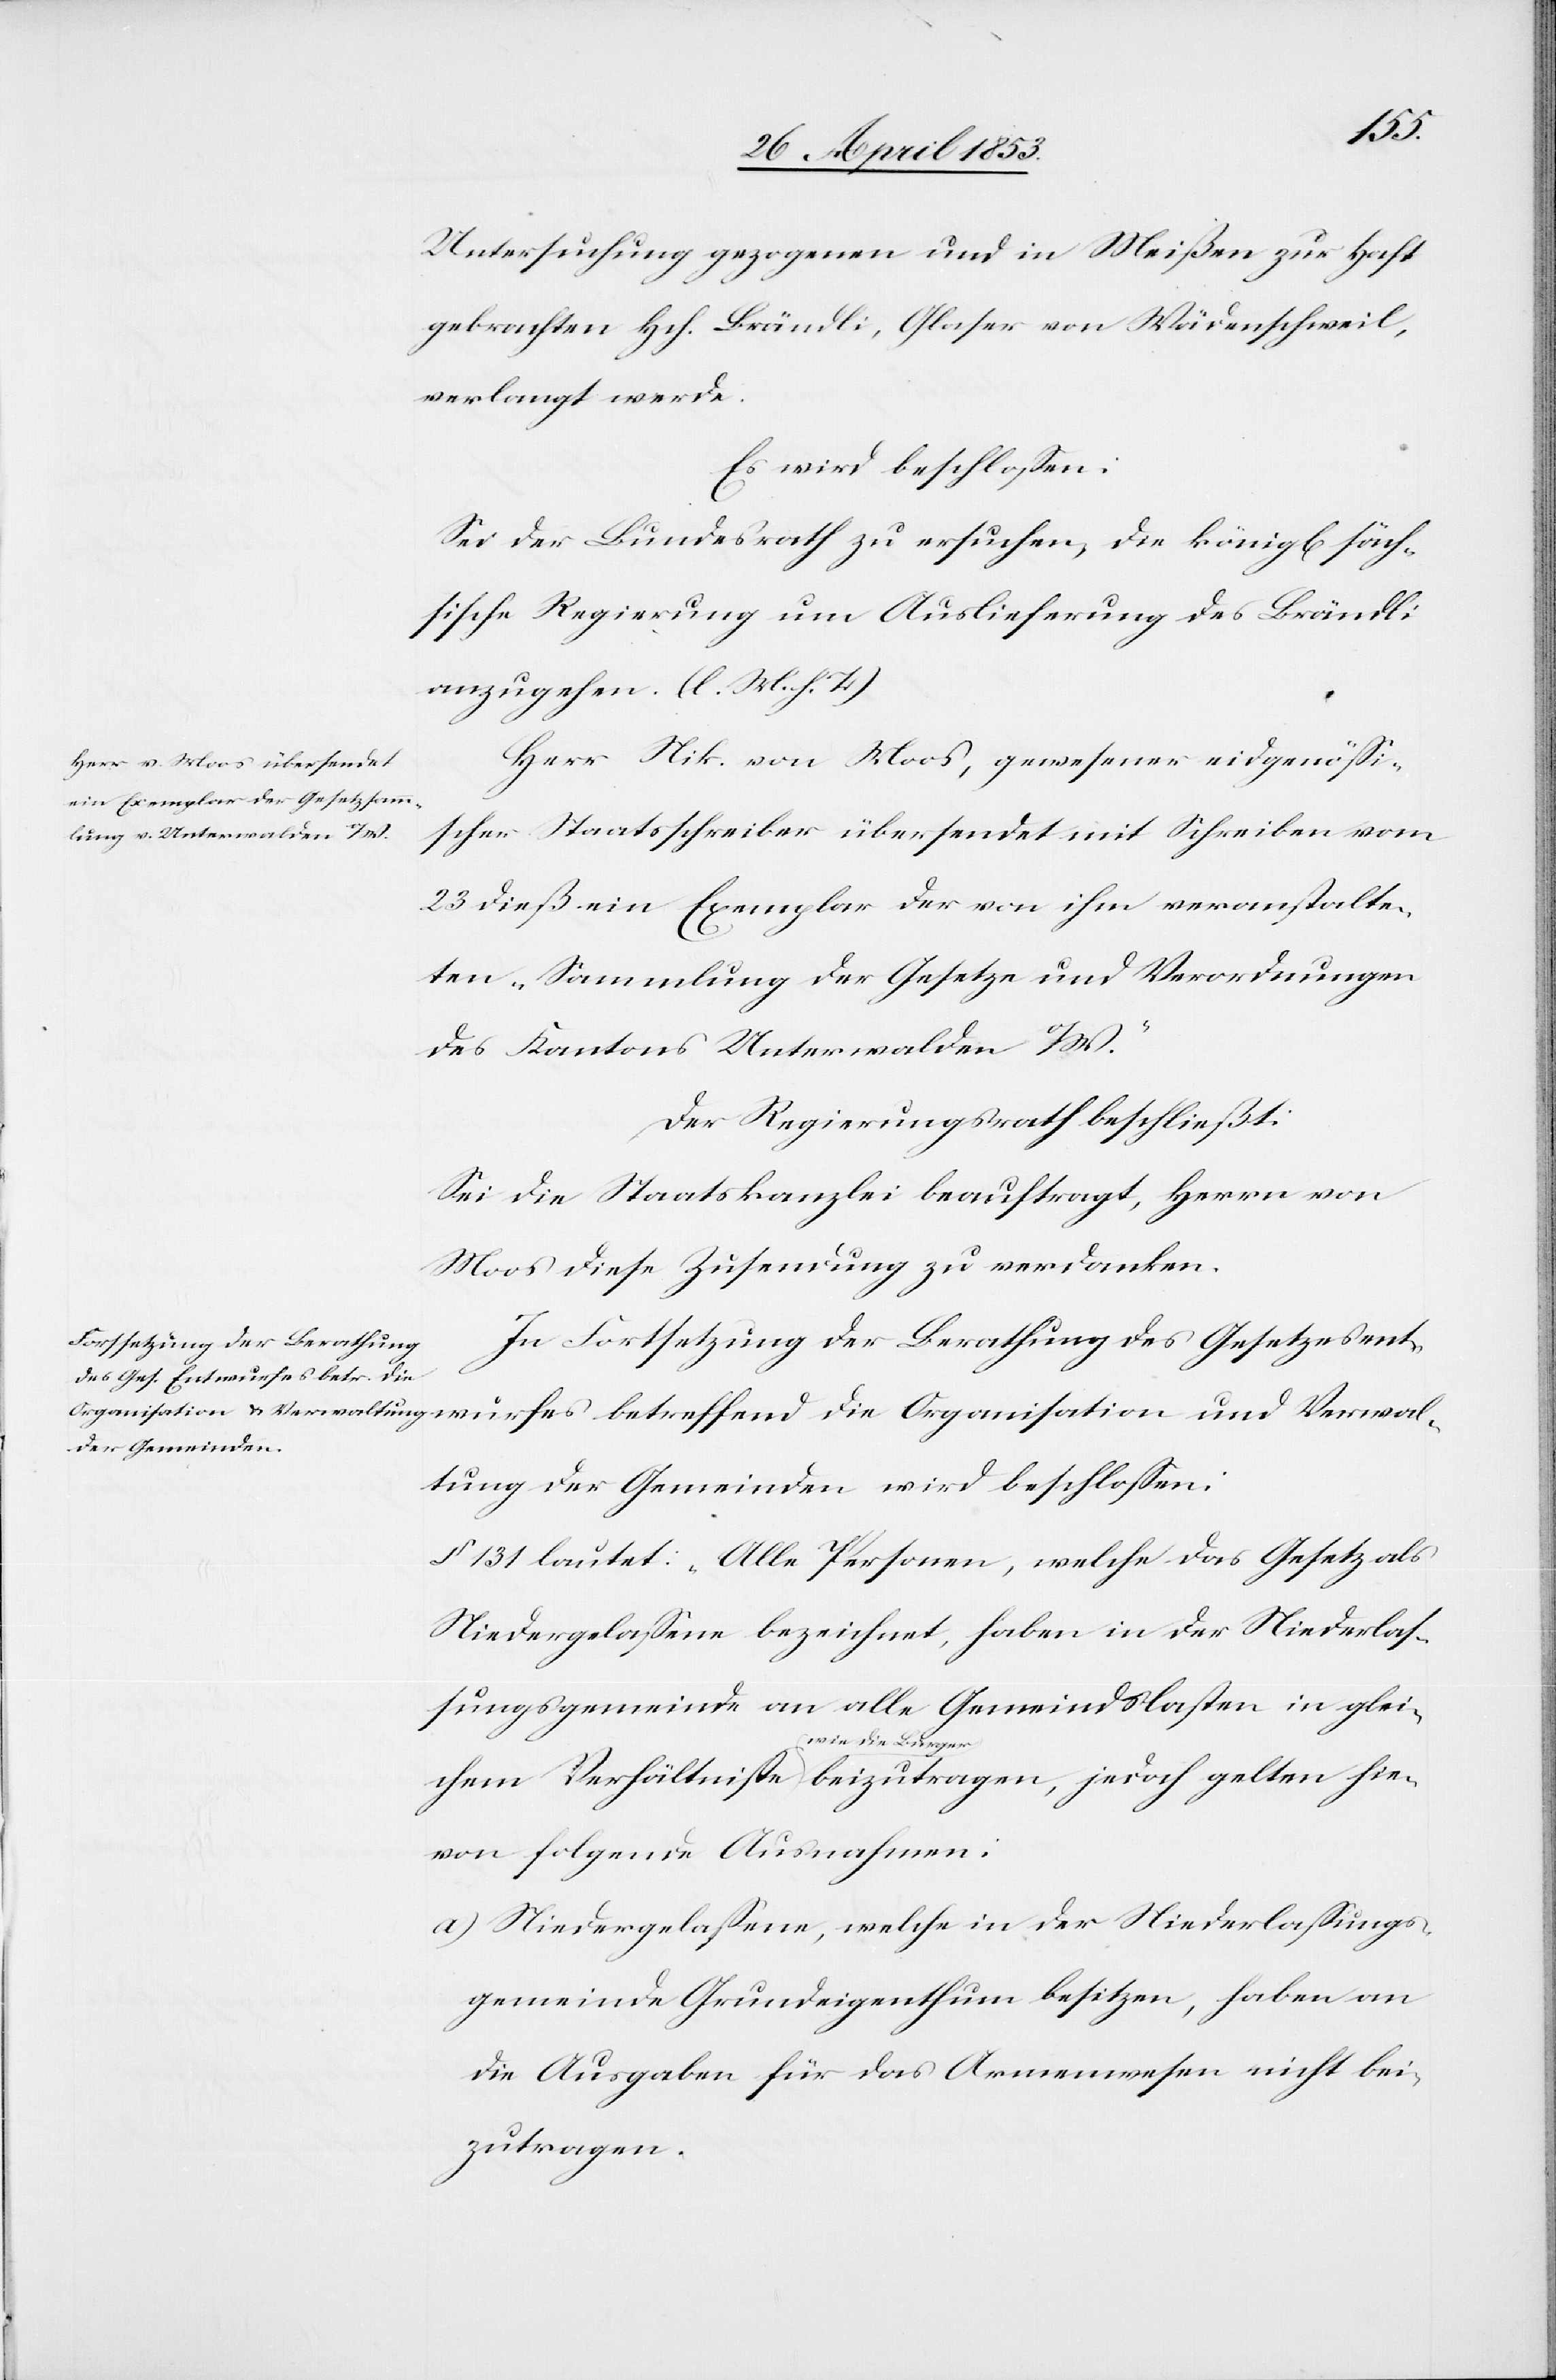
hie¬
Untersuchung gezogenen und in Meißen zur Haft
gebrachten Hch. Brändli, Glaser von Wädenschweil,
verlangt werde.
Es wird beschloßen:
Sei der Bundesrath zu ersuchen, die königl[ich¬
sische Regierung um Auslieferung des Brändli
anzugehen. [l. M. h. T]
Herr Nik. von Moos, gewesener eidgenößi¬
scher Staatsschreiber übersendet mit Schreiben vom
23 dieß ein Exemplar der von ihm veranstalte¬
ten „Sammlung der Gesetze und Verordnungen
des Kantons Unterwalden o/W.“
Der Regierungsrath beschließt:
Sei die Staatskanzlei beauftragt, Herrn von
Moos diese Zusendung zu verdanken.
In Fortsetzung der Berathung des Gesetzesent¬
jedoch gelten
tung der Gemeinden wird beschlossen:
§ 131 lautet: „Alle Personen, welche das Gesetz als
Niedergelassene bezeichnet, haben in der Niederlas¬
sungsgemeinde an alle Gemeindslasten in glei¬
wie die Bürger
von folgende Ausnahmen:
a) Niedergelassene, welche in der Niederlassungs¬
gemeinde Grundeigenthum besitzen, haben an
die Ausgaben für das Armenwesen nicht bei¬
zutragen.